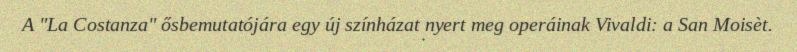
A "La Costanza" ősbemutatójára egy új színházat nyert meg operáinak Vivaldi: a San Moisèt.